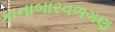
કાનાબારવળગણ